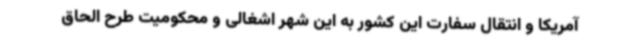
آمریکا و انتقال سفارت این کشور به این شهر اشغالی و محکومیت طرح الحاق